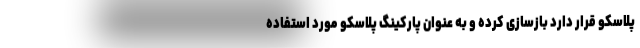
پلاسکو قرار دارد بازسازی کرده و به عنوان پارکینگ پلاسکو مورد استفاده